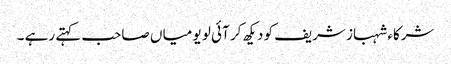
شرکاء شہباز شریف کو دیکھ کر آئی لو یو میا ں صاحب کہتے رہے ۔